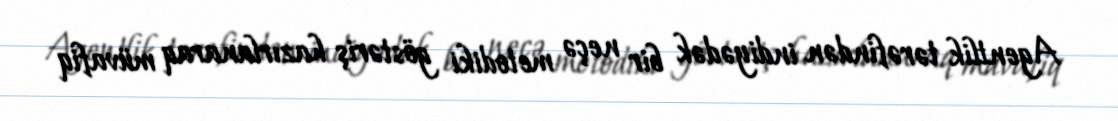
Agentlik tərəfindən indiyədək bir neçə metodiki göstəriş hazırlanaraq müvafiq